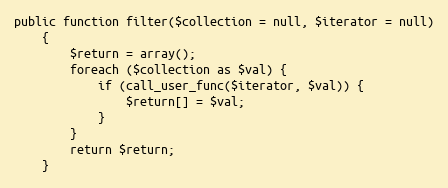
Language: PHP
public function filter($collection = null, $iterator = null)
    {
        $return = array();
        foreach ($collection as $val) {
            if (call_user_func($iterator, $val)) {
                $return[] = $val;
            }
        }
        return $return;
    }